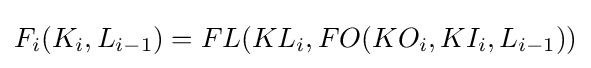
F_{i}(K_{i},L_{i-1})=FL(KL_{i},FO(KO_{i},KI_{i},L_{i-1}))